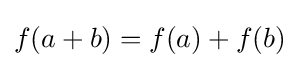
f(a+b)=f(a)+f(b)